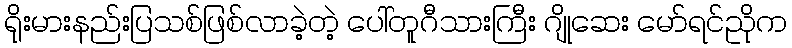
ရိုးမားနည်းပြသစ်ဖြစ်လာခဲ့တဲ့ ပေါ်တူဂီသားကြီး ဂျိုဆေး မော်ရင်ညိုက